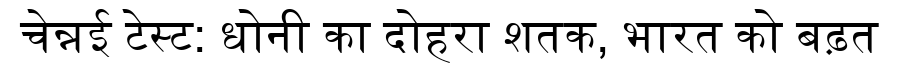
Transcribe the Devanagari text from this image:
चेन्नई टेस्ट: धोनी का दोहरा शतक, भारत को बढ़त